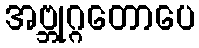
အဗ္ဘုဂ္ဂတောပေ